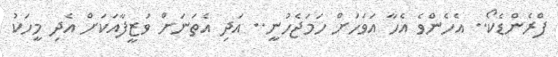
ފްރެންޑެކޯ.. އެހެންވެ އެހާ އަވަހަށް ހަމަޖެހުނީ.. އަދި އެތަނަށް ވަޒީފާއަކަށް އެދި މީހަކު